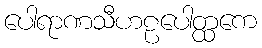
ပေါရာဏသီဟဠပေါတ္ထကေ